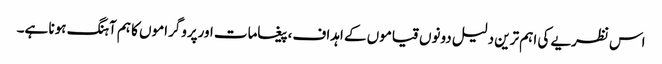
اس نظریے کی اہم ترین دلیل دونوں قیاموں کے اہداف،پیغامات اورپروگراموں کا ہم آہنگ ہونا ہے۔